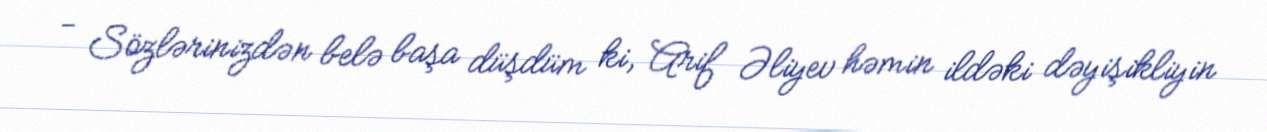
- Sözlərinizdən belə başa düşdüm ki, Arif Əliyev həmin ildəki dəyişikliyin